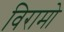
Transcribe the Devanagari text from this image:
विरामो